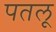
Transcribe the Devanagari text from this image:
पतलू